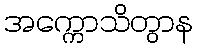
အက္ကောသိတွာန